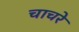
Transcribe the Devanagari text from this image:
चाचरे